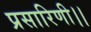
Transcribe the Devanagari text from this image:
प्रसारिणी।।